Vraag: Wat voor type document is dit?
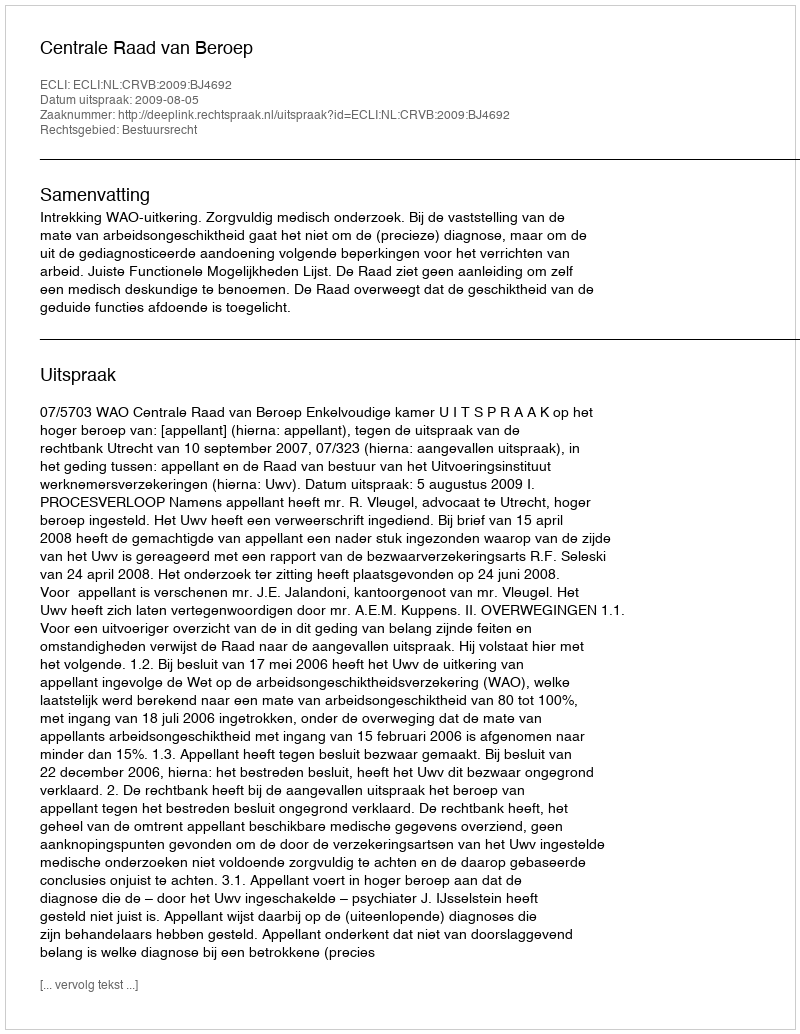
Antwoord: Uitspraak